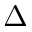
\Delta